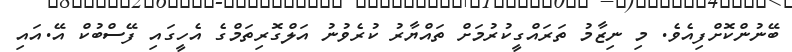
ބޭނުންކޮށްފިއެވެ. މި ނިޒާމު ތަރައްގީކުރުމަށް ތައްޔާރު ކުރެވުނު އަލްގޮރިތަމްގެ އެހީގައި ފޭސްބުކް އޭ.އައި